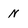
Character: N